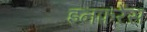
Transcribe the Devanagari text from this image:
इनफ़रेंस